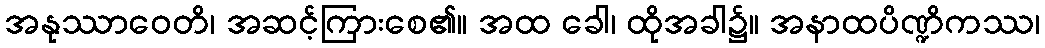
အနုဿာဝေတိ၊ အဆင့်ကြားစေ၏။ အထ ခေါ၊ ထိုအခါ၌။ အနာထပိဏ္ဍိကဿ၊